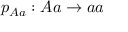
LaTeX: p _ { A a } : A a \rightarrow a a